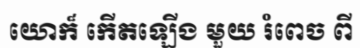
យោក៏ កើតឡើង មួយ រំពេច ពី